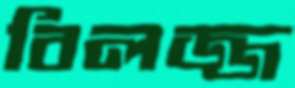
বিলজ্জ